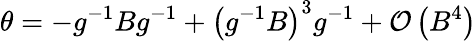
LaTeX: \theta=-g^{-1}Bg^{-1}+\left(g^{-1}B\right)^{3}g^{-1}+\mathcal{O}\left(B^{4}\right)